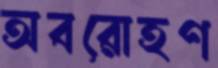
অবরোহণ